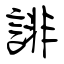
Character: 誹